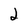
Character: 2